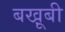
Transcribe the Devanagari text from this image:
बखू़बी